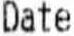
DATE